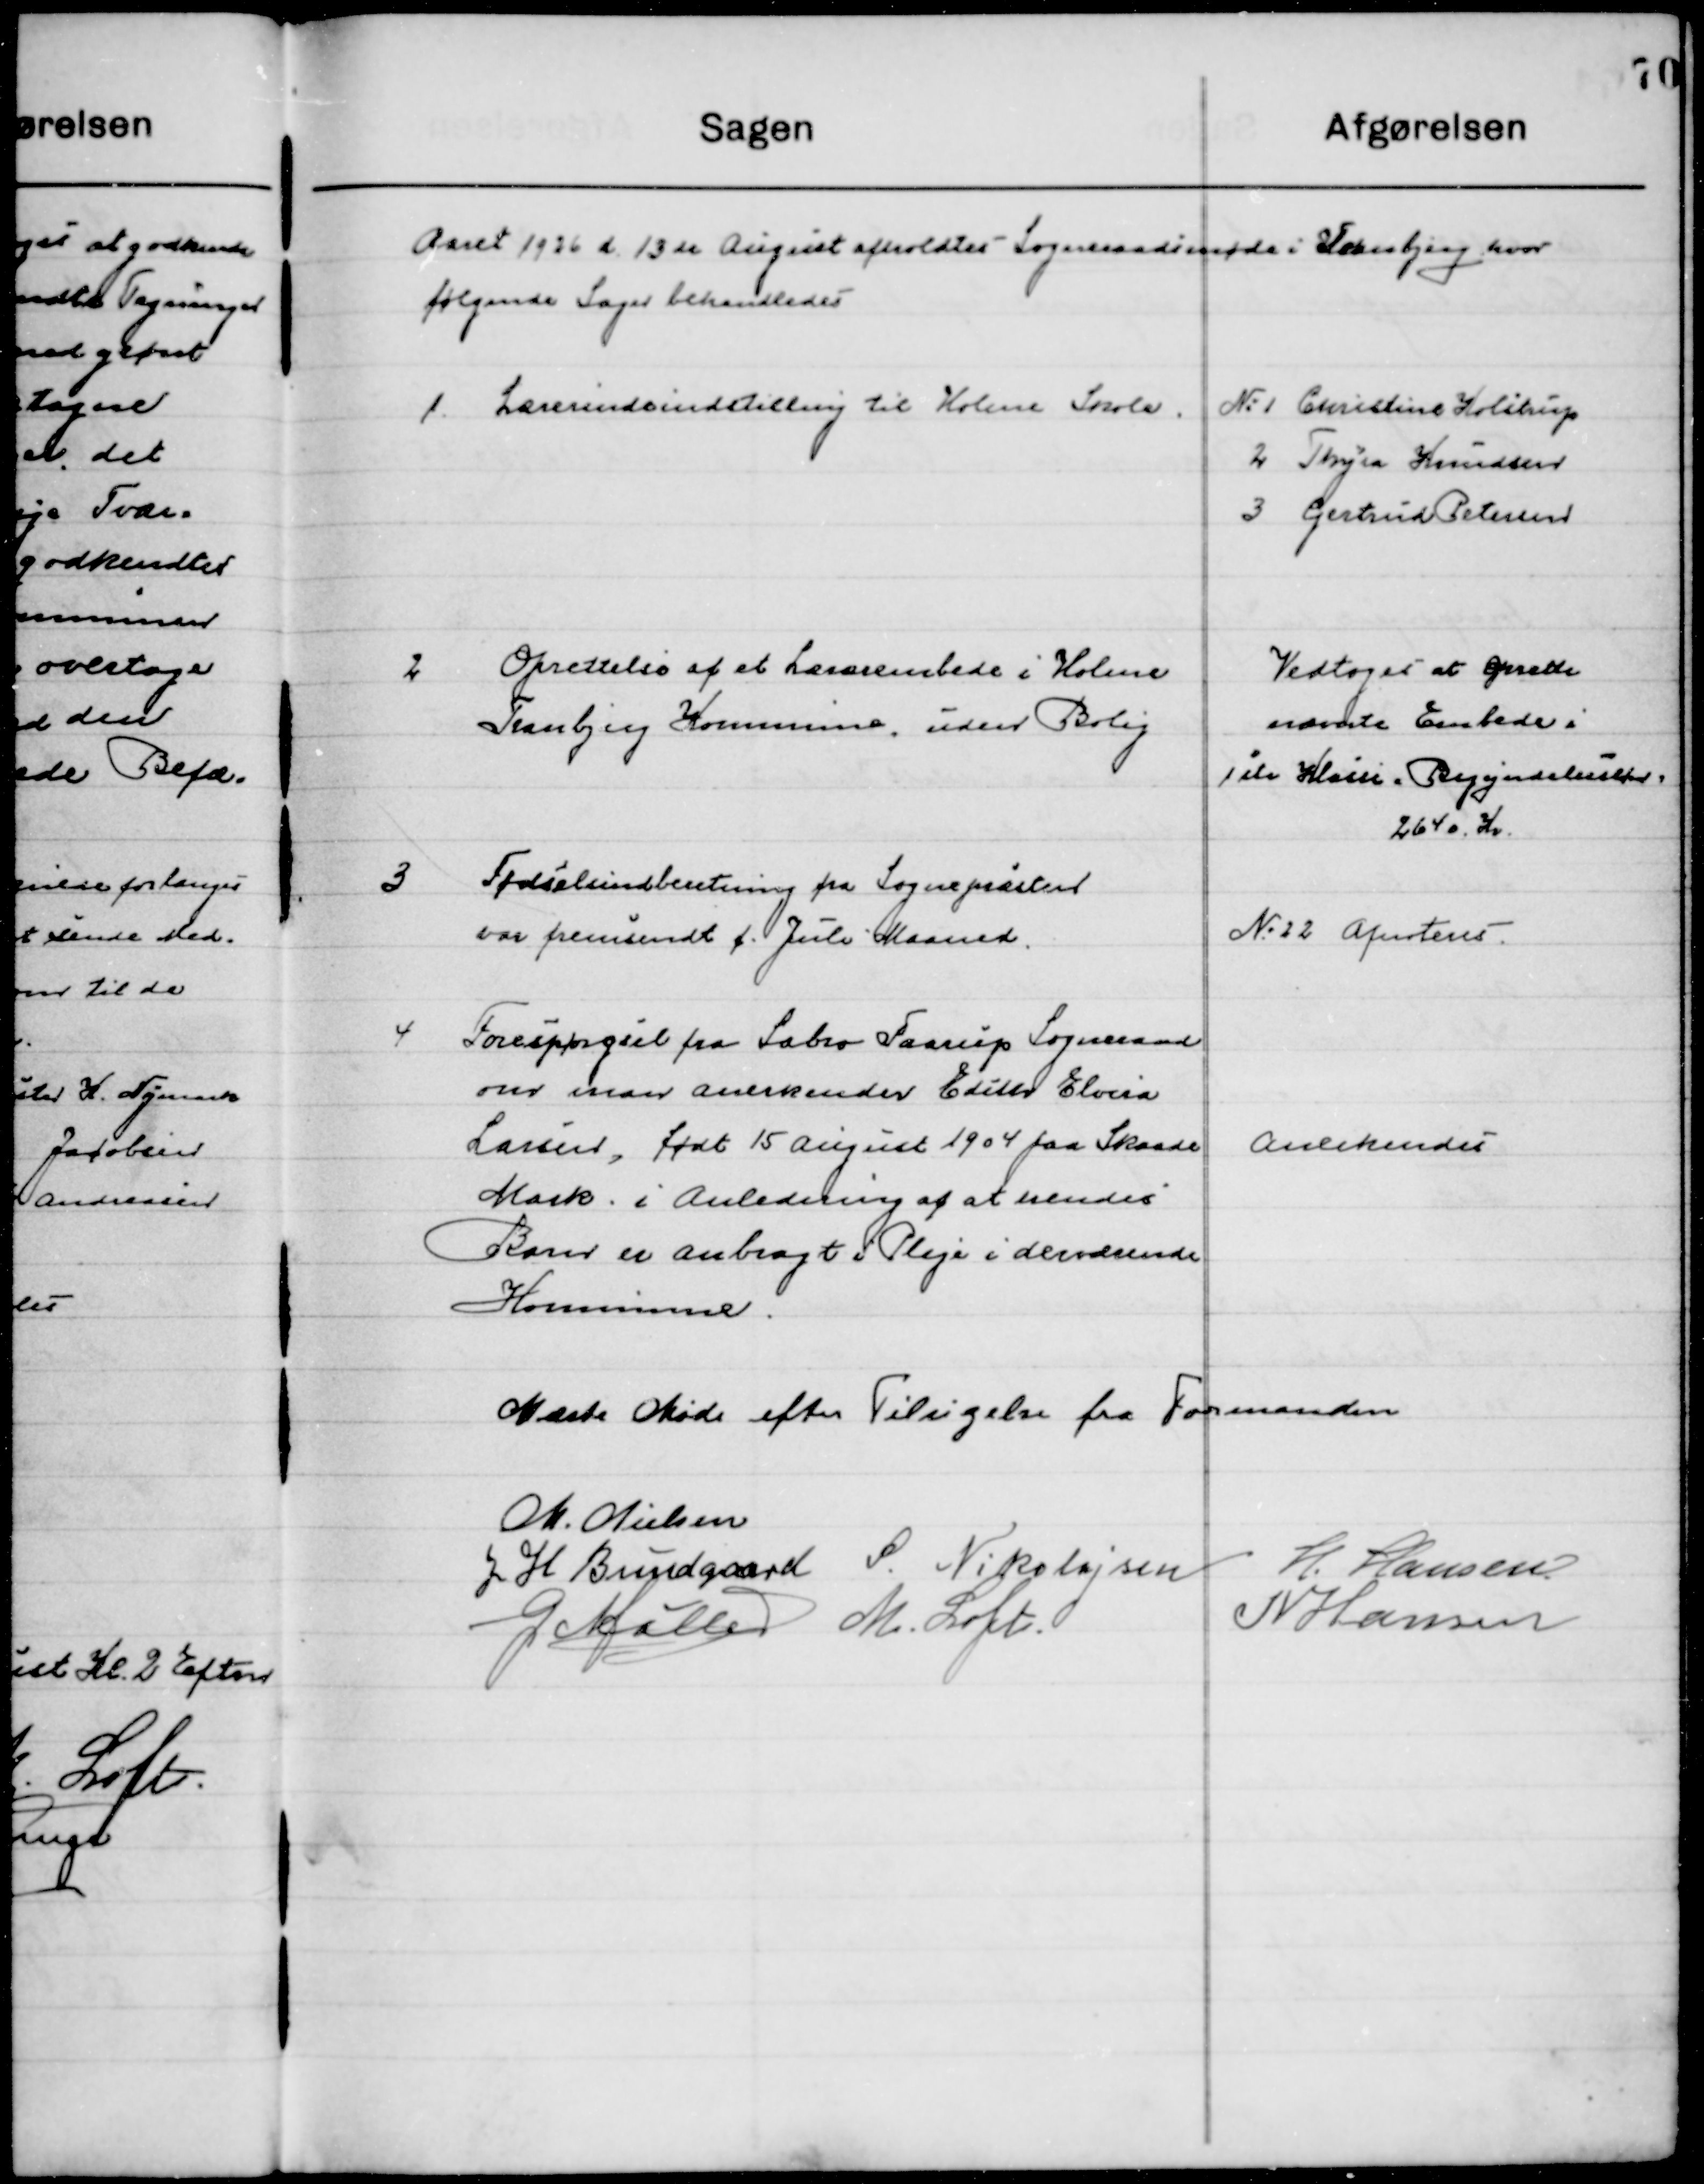
Transskription:
Aaret 1926 d. 13de August afholdtes Sogneraadsmøde i Tranbjerg hvor 
følgende Sager behandledes.

1

Lærerindeindstilling til Holme Skole

№ 1. Christine Helstrup
2. Thyra Knudsen
3. Gertrud Petersen

2

Oprettelse af et Lærerembede i Holme 
Tranbjerg Kommune, uden Bolig

Vedtoges at oprette
Nævnte Embede
1ste Klasse Begyndelses
2640 Kr.

3

Fødselsindberetning fra Sognepræsten 
Var fremsendt f. Juli Maaned

No. 22 Afnoteres

4

Forespørgsel fra Sabro Faarup
om man anerkender Edith Elvira
Larsen, født 15 August 1904 paa Skaade
Mark i Anledning af at hendes
Barn er anbragt i Pleje i derværende 
Kommune.

Anerkendes

Næste Møde efter Tilsigelse fra Formanden

M. Nielsen
J. H. Bundgaard
S. Nikolajsen
H. Hansen
G. Møller
M. Loft
N. Hansen.